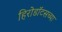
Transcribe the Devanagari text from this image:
हिरोडॉटसच्या